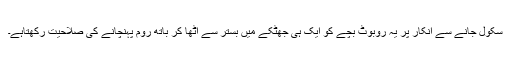
سکول جانے سے انکار پر یہ روبوٹ بچے کو ایک ہی جھٹکے میں بستر سے اٹھا کر باتھ روم پہنچانے کی صلاحیت رکھتاہے۔